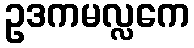
ဥဒကမလ္လကေ